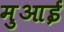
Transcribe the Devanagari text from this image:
मुआई